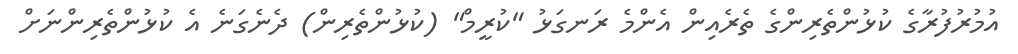
އުމުރުފުރާގެ ކުޅުންތެރިންގެ ތެރެއިން އެންމެ ރަނގަޅު "ކުރީމް" (ކުޅުންތެރިން) ދެނެގަނެ އެ ކުޅުންތެރިންނަށް